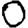
Digit: 0